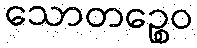
သောတဉ္စေဝ